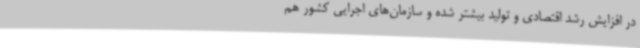
در افزایش رشد اقتصادی و تولید بیشتر شده و سازمان‌های اجرایی کشور هم